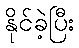
နိုင်ခဲ့ပြီး